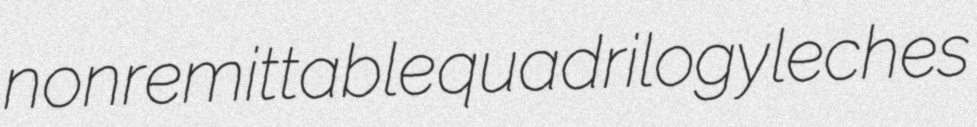
nonremittable quadrilogy leches